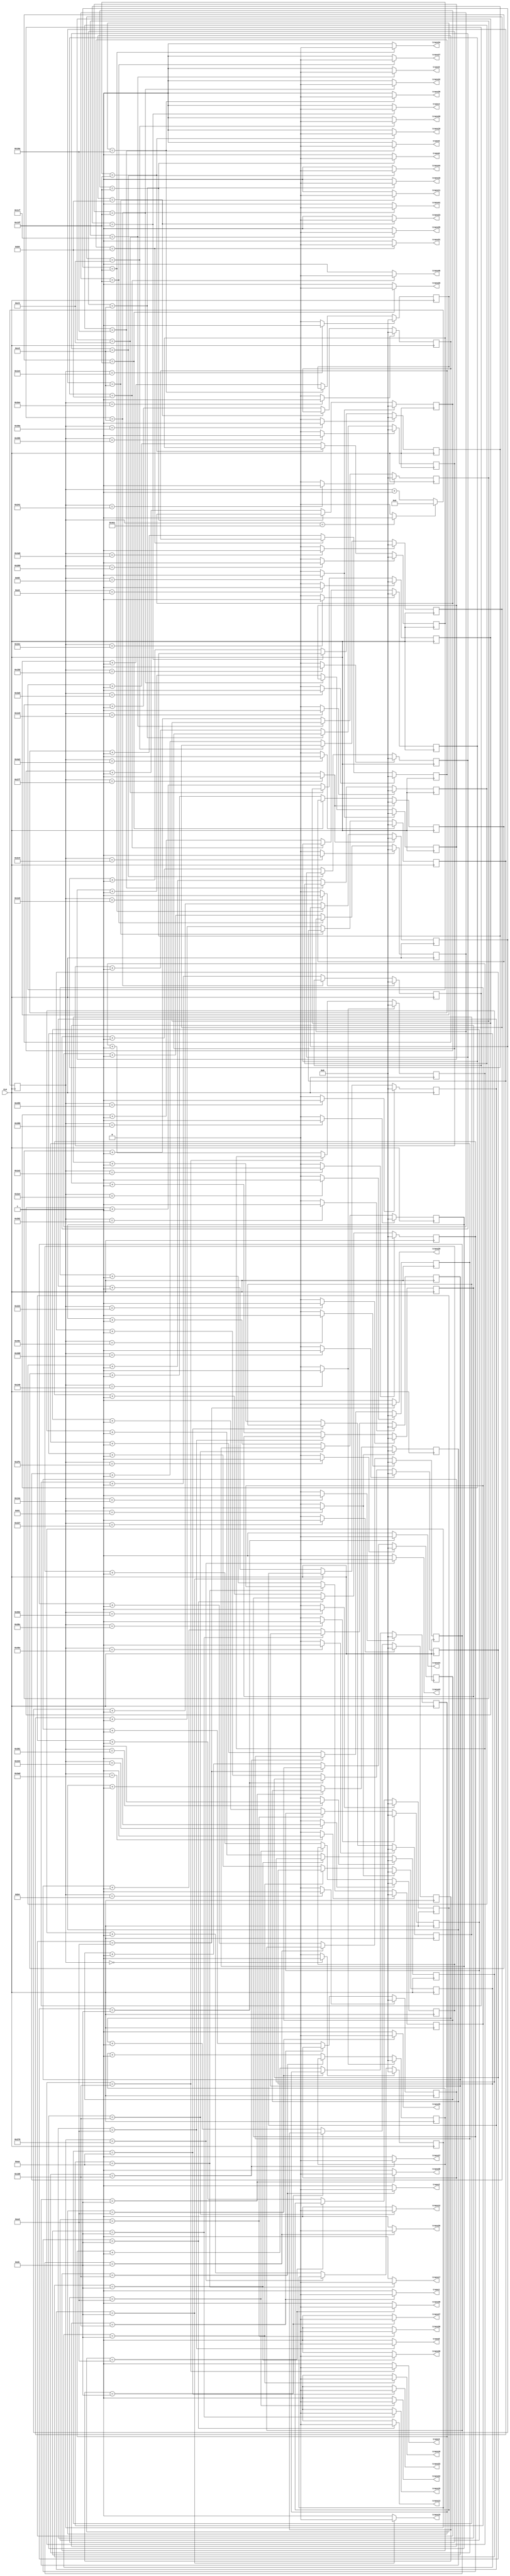
`timescale 1ns / 1ps
//////////////////////////////////////////////////////////////////////////////////
// Company: 
// Engineer: 
// 
// Design Name: 
// Module Name:    twin_6_7_pow_ad_focus_2_4 
// Project Name: 
// Target Devices: 
// Tool versions: 
// Description: 
//
// Dependencies: 
//
// Revision: 
// Revision 0.01 - File Created
// Additional Comments: 
//
//////////////////////////////////////////////////////////////////////////////////
module twin_6_7_pow_ad_focus_2_4(
	input CLK,
    output trans1,
    output trans2,
	 output trans3,
	 output trans4,
	 output trans5,
	 output trans6,

	 output trans8,
	 output trans9,
	 output trans10,
	 output trans11,
	 output trans12,
	 output trans13,

	 output trans15,
	 output trans16,
	 output trans17,
	 output trans18,
	 output trans19,
	 output trans20,

	 output trans22,
	 output trans23,
	 output trans24,
	 output trans25,
	 output trans26,
	 output trans27,

	 output trans29,
	 output trans30,
	 output trans31,
	 output trans32,
	 output trans33,
	 output trans34,

	 output trans36,
	 output trans37,
	 output trans38,
	 output trans39,
	 output trans40,
	 output trans41,

	 output trans43,
	 output trans44,
	 output trans45,
	 output trans46,
	 output trans47,
	 output trans48

    );

	//define signals
	reg [10:0] pwm_base_reg = 11'h000;
	reg [9:0] pwm1_duty_reg = 10'h000;
	reg [9:0] pwm2_duty_reg = 10'h000;
	reg [9:0] pwm3_duty_reg = 10'h000;
	reg [9:0] pwm4_duty_reg = 10'h000;
	reg [9:0] pwm5_duty_reg = 10'h000;
	reg [9:0] pwm6_duty_reg = 10'h000;

	reg [9:0] pwm8_duty_reg = 10'h000;
	reg [9:0] pwm9_duty_reg = 10'h000;
	reg [9:0] pwm10_duty_reg = 10'h000;
	reg [9:0] pwm11_duty_reg = 10'h000;	
	reg [9:0] pwm12_duty_reg = 10'h000;	
	reg [9:0] pwm13_duty_reg = 10'h000;

	reg [9:0] pwm15_duty_reg = 10'h000;
	reg [9:0] pwm16_duty_reg = 10'h000;
	reg [9:0] pwm17_duty_reg = 10'h000;
   reg [9:0] pwm18_duty_reg = 10'h000;
   reg [9:0] pwm19_duty_reg = 10'h000;
   reg [9:0] pwm20_duty_reg = 10'h000;

   reg [9:0] pwm22_duty_reg = 10'h000;
   reg [9:0] pwm23_duty_reg = 10'h000;
   reg [9:0] pwm24_duty_reg = 10'h000;
   reg [9:0] pwm25_duty_reg = 10'h000;
   reg [9:0] pwm26_duty_reg = 10'h000;
   reg [9:0] pwm27_duty_reg = 10'h000;

   reg [9:0] pwm29_duty_reg = 10'h000;
   reg [9:0] pwm30_duty_reg = 10'h000;
   reg [9:0] pwm31_duty_reg = 10'h000;
   reg [9:0] pwm32_duty_reg = 10'h000;
   reg [9:0] pwm33_duty_reg = 10'h000;
   reg [9:0] pwm34_duty_reg = 10'h000;

   reg [9:0] pwm36_duty_reg = 10'h000;
   reg [9:0] pwm37_duty_reg = 10'h000;
   reg [9:0] pwm38_duty_reg = 10'h000;
   reg [9:0] pwm39_duty_reg = 10'h000;
   reg [9:0] pwm40_duty_reg = 10'h000;
   reg [9:0] pwm41_duty_reg = 10'h000;

   reg [9:0] pwm43_duty_reg = 10'h000;
   reg [9:0] pwm44_duty_reg = 10'h000;
   reg [9:0] pwm45_duty_reg = 10'h000;
   reg [9:0] pwm46_duty_reg = 10'h000;
   reg [9:0] pwm47_duty_reg = 10'h000;
   reg [9:0] pwm48_duty_reg = 10'h000;

	
	reg [6:0] base_cycle_counter_reg = 7'h00;
	reg [15:0] count_base_reg = 16'h0000;
	
	wire pwm1;
	wire pwm2;
	wire pwm3;
	wire pwm4;
	wire pwm5;
	wire pwm6;

	wire pwm8;
	wire pwm9;
	wire pwm10;
	wire pwm11;
	wire pwm12;
	wire pwm13;

	wire pwm15;
	wire pwm16;
	wire pwm17;
   wire pwm18;
   wire pwm19;
   wire pwm20;

   wire pwm22;
   wire pwm23;
   wire pwm24;
   wire pwm25;
   wire pwm26;
   wire pwm27;

   wire pwm29;
   wire pwm30;
   wire pwm31;
   wire pwm32;
   wire pwm33;
   wire pwm34;

   wire pwm36;
   wire pwm37;
   wire pwm38;
   wire pwm39;
   wire pwm40;
   wire pwm41;

   wire pwm43;
   wire pwm44;
   wire pwm45;
   wire pwm46;
   wire pwm47;
   wire pwm48;

	
	wire pwm1_out;
	wire pwm2_out;
	wire pwm3_out;
	wire pwm4_out;
	wire pwm5_out;
	wire pwm6_out;

	wire pwm8_out;
	wire pwm9_out;
	wire pwm10_out;
	wire pwm11_out;
	wire pwm12_out;
	wire pwm13_out;

	wire pwm15_out;
	wire pwm16_out;
	wire pwm17_out;
	wire pwm18_out;
   wire pwm19_out;
   wire pwm20_out;

   wire pwm22_out;
   wire pwm23_out;
   wire pwm24_out;
   wire pwm25_out;
   wire pwm26_out;
   wire pwm27_out;

   wire pwm29_out;
   wire pwm30_out;
   wire pwm31_out;
   wire pwm32_out;
   wire pwm33_out;
   wire pwm34_out;

   wire pwm36_out;
   wire pwm37_out;
   wire pwm38_out;
   wire pwm39_out;
   wire pwm40_out;
   wire pwm41_out;

   wire pwm43_out;
   wire pwm44_out;
   wire pwm45_out;
   wire pwm46_out;
   wire pwm47_out;
   wire pwm48_out;

	wire pwmbp;
	

	//PWM Base Cycle Generate
	/* Calculation
		base count = 50[MHz] / 40 [kHz] = 1250
		0 ~ 1249 -> 1250 count
	*/
	always @(posedge CLK) begin  //CB16RE
		if (pwmbp == 1'b1) begin  //R:pwmbp
			pwm_base_reg <= 11'h000;  //h:hexadecimal, assign 0 to all bits
		end
		else begin
			pwm_base_reg <= pwm_base_reg + 1'b1;  //increment
		end
	end
	
	assign pwmbp = (pwm_base_reg[10:0] == 11'd1249) ? 1'b1 : 1'b0;  //COMP16
	
	//phase
   assign pwm1  = (pwm_base_reg[10:0] == 11'd180) ? 1'b1 : 1'b0;  //COMP16
   assign pwm2  = (pwm_base_reg[10:0] == 11'd320) ? 1'b1 : 1'b0;  //COMP16
   assign pwm3  = (pwm_base_reg[10:0] == 11'd320) ? 1'b1 : 1'b0;  //COMP16
   assign pwm4  = (pwm_base_reg[10:0] == 11'd778) ? 1'b1 : 1'b0;  //COMP16
   assign pwm5  = (pwm_base_reg[10:0] == 11'd480) ? 1'b1 : 1'b0;  //COMP16
   assign pwm6  = (pwm_base_reg[10:0] == 11'd96) ? 1'b1 : 1'b0;  //COMP16
   assign pwm8  = (pwm_base_reg[10:0] == 11'd547) ? 1'b1 : 1'b0;  //COMP16
   assign pwm9  = (pwm_base_reg[10:0] == 11'd577) ? 1'b1 : 1'b0;  //COMP16
   assign pwm10 = (pwm_base_reg[10:0] == 11'd649) ? 1'b1 : 1'b0;  //COMP16
   assign pwm11 = (pwm_base_reg[10:0] == 11'd1187) ? 1'b1 : 1'b0;  //COMP16
   assign pwm12 = (pwm_base_reg[10:0] == 11'd875) ? 1'b1 : 1'b0;  //COMP16
   assign pwm13 = (pwm_base_reg[10:0] == 11'd482) ? 1'b1 : 1'b0;  //COMP16
   assign pwm15 = (pwm_base_reg[10:0] == 11'd770) ? 1'b1 : 1'b0;  //COMP16
   assign pwm16 = (pwm_base_reg[10:0] == 11'd923) ? 1'b1 : 1'b0;  //COMP16
   assign pwm17 = (pwm_base_reg[10:0] == 11'd941) ? 1'b1 : 1'b0;  //COMP16
   assign pwm18 = (pwm_base_reg[10:0] == 11'd145) ? 1'b1 : 1'b0;  //COMP16
   assign pwm19 = (pwm_base_reg[10:0] == 11'd1109) ? 1'b1 : 1'b0;  //COMP16
   assign pwm20 = (pwm_base_reg[10:0] == 11'd639) ? 1'b1 : 1'b0;  //COMP16
   assign pwm22 = (pwm_base_reg[10:0] == 11'd835) ? 1'b1 : 1'b0;  //COMP16
   assign pwm23 = (pwm_base_reg[10:0] == 11'd1006) ? 1'b1 : 1'b0;  //COMP16
   assign pwm24 = (pwm_base_reg[10:0] == 11'd989) ? 1'b1 : 1'b0;  //COMP16
   assign pwm25 = (pwm_base_reg[10:0] == 11'd230) ? 1'b1 : 1'b0;  //COMP16
   assign pwm26 = (pwm_base_reg[10:0] == 11'd1180) ? 1'b1 : 1'b0;  //COMP16
   assign pwm27 = (pwm_base_reg[10:0] == 11'd709) ? 1'b1 : 1'b0;  //COMP16
   assign pwm29 = (pwm_base_reg[10:0] == 11'd762) ? 1'b1 : 1'b0;  //COMP16
   assign pwm30 = (pwm_base_reg[10:0] == 11'd908) ? 1'b1 : 1'b0;  //COMP16
   assign pwm31 = (pwm_base_reg[10:0] == 11'd933) ? 1'b1 : 1'b0;  //COMP16
   assign pwm32 = (pwm_base_reg[10:0] == 11'd96) ? 1'b1 : 1'b0;  //COMP16
   assign pwm33 = (pwm_base_reg[10:0] == 11'd1134) ? 1'b1 : 1'b0;  //COMP16
   assign pwm34 = (pwm_base_reg[10:0] == 11'd639) ? 1'b1 : 1'b0;  //COMP16
   assign pwm36 = (pwm_base_reg[10:0] == 11'd484) ? 1'b1 : 1'b0;  //COMP16
   assign pwm37 = (pwm_base_reg[10:0] == 11'd676) ? 1'b1 : 1'b0;  //COMP16
   assign pwm38 = (pwm_base_reg[10:0] == 11'd690) ? 1'b1 : 1'b0;  //COMP16
   assign pwm39 = (pwm_base_reg[10:0] == 11'd1192) ? 1'b1 : 1'b0;  //COMP16
   assign pwm40 = (pwm_base_reg[10:0] == 11'd897) ? 1'b1 : 1'b0;  //COMP16
   assign pwm41 = (pwm_base_reg[10:0] == 11'd489) ? 1'b1 : 1'b0;  //COMP16
   assign pwm43 = (pwm_base_reg[10:0] == 11'd0) ? 1'b1 : 1'b0;  //COMP16
   assign pwm44 = (pwm_base_reg[10:0] == 11'd349) ? 1'b1 : 1'b0;  //COMP16
   assign pwm45 = (pwm_base_reg[10:0] == 11'd334) ? 1'b1 : 1'b0;  //COMP16
   assign pwm46 = (pwm_base_reg[10:0] == 11'd844) ? 1'b1 : 1'b0;  //COMP16
   assign pwm47 = (pwm_base_reg[10:0] == 11'd551) ? 1'b1 : 1'b0;  //COMP16
   assign pwm48 = (pwm_base_reg[10:0] == 11'd145) ? 1'b1 : 1'b0;  //COMP16
	
	//PWM Duty Ratio Generate
    always @(posedge CLK) begin  //CB16RE
        if (pwm1 == 1'b1) begin  //R:pwm1
            pwm1_duty_reg <= 11'h000;
        end
        else if (pwm1_out == 1'b1) begin  //CE:pwm1_out
            pwm1_duty_reg <= pwm1_duty_reg + 1'b1;
        end
    end
    
    always @(posedge CLK) begin  //CB16RE
        if (pwm2 == 1'b1) begin  //R:pwm2
            pwm2_duty_reg <= 11'h000;
        end
        else if (pwm2_out == 1'b1) begin  //CE:pwm2_out
            pwm2_duty_reg <= pwm2_duty_reg + 1'b1;
        end
    end
    
    always @(posedge CLK) begin  //CB16RE
        if (pwm3 == 1'b1) begin  //R:pwm3
            pwm3_duty_reg <= 11'h000;
        end
        else if (pwm3_out == 1'b1) begin  //CE:pwm3_out
            pwm3_duty_reg <= pwm3_duty_reg + 1'b1;
        end
    end
    
    always @(posedge CLK) begin  //CB16RE
        if (pwm4 == 1'b1) begin  //R:pwm4
            pwm4_duty_reg <= 11'h000;
        end
        else if (pwm4_out == 1'b1) begin  //CE:pwm4_out
            pwm4_duty_reg <= pwm4_duty_reg + 1'b1;
        end
    end
    
    always @(posedge CLK) begin  //CB16RE
        if (pwm5 == 1'b1) begin  //R:pwm5
            pwm5_duty_reg <= 11'h000;
        end
        else if (pwm5_out == 1'b1) begin  //CE:pwm5_out
            pwm5_duty_reg <= pwm5_duty_reg + 1'b1;
        end
    end
    
    always @(posedge CLK) begin  //CB16RE
        if (pwm6 == 1'b1) begin  //R:pwm6
            pwm6_duty_reg <= 11'h000;
        end
        else if (pwm6_out == 1'b1) begin  //CE:pwm6_out
            pwm6_duty_reg <= pwm6_duty_reg + 1'b1;
        end
    end
    

    
    always @(posedge CLK) begin  //CB16RE
        if (pwm8 == 1'b1) begin  //R:pwm8
            pwm8_duty_reg <= 11'h000;
        end
        else if (pwm8_out == 1'b1) begin  //CE:pwm8_out
            pwm8_duty_reg <= pwm8_duty_reg + 1'b1;
        end
    end
    
    always @(posedge CLK) begin  //CB16RE
        if (pwm9 == 1'b1) begin  //R:pwm9
            pwm9_duty_reg <= 11'h000;
        end
        else if (pwm9_out == 1'b1) begin  //CE:pwm9_out
            pwm9_duty_reg <= pwm9_duty_reg + 1'b1;
        end
    end
    
    always @(posedge CLK) begin  //CB16RE
        if (pwm10 == 1'b1) begin  //R:pwm10
            pwm10_duty_reg <= 11'h000;
        end
        else if (pwm10_out == 1'b1) begin  //CE:pwm10_out
            pwm10_duty_reg <= pwm10_duty_reg + 1'b1;
        end
    end
    
   always @(posedge CLK) begin  //CB16RE
        if (pwm11 == 1'b1) begin  //R:pwm11
            pwm11_duty_reg <= 11'h000;
        end
        else if (pwm11_out == 1'b1) begin  //CE:pwm11_out
            pwm11_duty_reg <= pwm11_duty_reg + 1'b1;
        end
    end

   always @(posedge CLK) begin  //CB16RE
        if (pwm12 == 1'b1) begin  //R:pwm12
            pwm12_duty_reg <= 11'h000;
        end
        else if (pwm12_out == 1'b1) begin  //CE:pwm12_out
            pwm12_duty_reg <= pwm12_duty_reg + 1'b1;
        end
    end

   always @(posedge CLK) begin  //CB16RE
        if (pwm13 == 1'b1) begin  //R:pwm13
            pwm13_duty_reg <= 11'h000;
        end
        else if (pwm13_out == 1'b1) begin  //CE:pwm13_out
            pwm13_duty_reg <= pwm13_duty_reg + 1'b1;
        end
    end


	 
    always @(posedge CLK) begin  //CB16RE
        if (pwm15 == 1'b1) begin  //R:pwm15
            pwm15_duty_reg <= 11'h000;
        end
        else if (pwm15_out == 1'b1) begin  //CE:pwm15_out
            pwm15_duty_reg <= pwm15_duty_reg + 1'b1;
        end
    end
	 
    always @(posedge CLK) begin  //CB16RE
        if (pwm16 == 1'b1) begin  //R:pwm16
            pwm16_duty_reg <= 11'h000;
        end
        else if (pwm16_out == 1'b1) begin  //CE:pwm16_out
            pwm16_duty_reg <= pwm16_duty_reg + 1'b1;
        end
    end
	 
    always @(posedge CLK) begin  //CB16RE
        if (pwm17 == 1'b1) begin  //R:pwm17
            pwm17_duty_reg <= 11'h000;
        end
        else if (pwm17_out == 1'b1) begin  //CE:pwm17_out
            pwm17_duty_reg <= pwm17_duty_reg + 1'b1;
        end
    end

    always @(posedge CLK) begin  //CB16RE
        if (pwm18 == 1'b1) begin  //R:pwm18
            pwm18_duty_reg <= 11'h000;
        end
        else if (pwm18_out == 1'b1) begin  //CE:pwm18_out
            pwm18_duty_reg <= pwm18_duty_reg + 1'b1;
        end
    end

	 always @(posedge CLK) begin  //CB16RE
        if (pwm19 == 1'b1) begin  //R:pwm19
            pwm19_duty_reg <= 11'h000;
        end
        else if (pwm19_out == 1'b1) begin  //CE:pwm19_out
            pwm19_duty_reg <= pwm19_duty_reg + 1'b1;
        end
    end

	 always @(posedge CLK) begin  //CB16RE
        if (pwm20 == 1'b1) begin  //R:pwm20
            pwm20_duty_reg <= 11'h000;
        end
        else if (pwm20_out == 1'b1) begin  //CE:pwm20_out
            pwm20_duty_reg <= pwm20_duty_reg + 1'b1;
        end
    end



	 always @(posedge CLK) begin  //CB16RE
        if (pwm22 == 1'b1) begin  //R:pwm22
            pwm22_duty_reg <= 11'h000;
        end
        else if (pwm22_out == 1'b1) begin  //CE:pwm22_out
            pwm22_duty_reg <= pwm22_duty_reg + 1'b1;
        end
    end

	 always @(posedge CLK) begin  //CB16RE
        if (pwm23 == 1'b1) begin  //R:pwm23
            pwm23_duty_reg <= 11'h000;
        end
        else if (pwm23_out == 1'b1) begin  //CE:pwm23_out
            pwm23_duty_reg <= pwm23_duty_reg + 1'b1;
        end
    end
	 
    always @(posedge CLK) begin  //CB16RE
        if (pwm24 == 1'b1) begin  //R:pwm24
            pwm24_duty_reg <= 11'h000;
        end
        else if (pwm24_out == 1'b1) begin  //CE:pwm24_out
            pwm24_duty_reg <= pwm24_duty_reg + 1'b1;
        end
    end
	 
    always @(posedge CLK) begin  //CB16RE
        if (pwm25 == 1'b1) begin  //R:pwm25
            pwm25_duty_reg <= 11'h000;
        end
        else if (pwm25_out == 1'b1) begin  //CE:pwm25_out
            pwm25_duty_reg <= pwm25_duty_reg + 1'b1;
        end
    end
	 
    always @(posedge CLK) begin  //CB16RE
        if (pwm26 == 1'b1) begin  //R:pwm26
            pwm26_duty_reg <= 11'h000;
        end
        else if (pwm26_out == 1'b1) begin  //CE:pwm26_out
            pwm26_duty_reg <= pwm26_duty_reg + 1'b1;
        end
    end
	 
    always @(posedge CLK) begin  //CB16RE
        if (pwm27 == 1'b1) begin  //R:pwm27
            pwm27_duty_reg <= 11'h000;
        end
        else if (pwm27_out == 1'b1) begin  //CE:pwm27_out
            pwm27_duty_reg <= pwm27_duty_reg + 1'b1;
        end
    end
	 

	 
    always @(posedge CLK) begin  //CB16RE
        if (pwm29 == 1'b1) begin  //R:pwm29
            pwm29_duty_reg <= 11'h000;
        end
        else if (pwm29_out == 1'b1) begin  //CE:pwm29_out
            pwm29_duty_reg <= pwm29_duty_reg + 1'b1;
        end
    end
	 
    always @(posedge CLK) begin  //CB16RE
        if (pwm30 == 1'b1) begin  //R:pwm30
            pwm30_duty_reg <= 11'h000;
        end
        else if (pwm30_out == 1'b1) begin  //CE:pwm30_out
            pwm30_duty_reg <= pwm30_duty_reg + 1'b1;
        end
    end
	 
    always @(posedge CLK) begin  //CB16RE
        if (pwm31 == 1'b1) begin  //R:pwm31
            pwm31_duty_reg <= 11'h000;
        end
        else if (pwm31_out == 1'b1) begin  //CE:pwm31_out
            pwm31_duty_reg <= pwm31_duty_reg + 1'b1;
        end
    end
	 
    always @(posedge CLK) begin  //CB16RE
        if (pwm32 == 1'b1) begin  //R:pwm32
            pwm32_duty_reg <= 11'h000;
        end
        else if (pwm32_out == 1'b1) begin  //CE:pwm32_out
            pwm32_duty_reg <= pwm32_duty_reg + 1'b1;
        end
    end
	 
    always @(posedge CLK) begin  //CB16RE
        if (pwm33 == 1'b1) begin  //R:pwm33
            pwm33_duty_reg <= 11'h000;
        end
        else if (pwm33_out == 1'b1) begin  //CE:pwm33_out
            pwm33_duty_reg <= pwm33_duty_reg + 1'b1;
        end
    end
	 
    always @(posedge CLK) begin  //CB16RE
        if (pwm34 == 1'b1) begin  //R:pwm34
            pwm34_duty_reg <= 11'h000;
        end
        else if (pwm34_out == 1'b1) begin  //CE:pwm34_out
            pwm34_duty_reg <= pwm34_duty_reg + 1'b1;
        end
    end
	 

	 
    always @(posedge CLK) begin  //CB16RE
        if (pwm36 == 1'b1) begin  //R:pwm36
            pwm36_duty_reg <= 11'h000;
        end
        else if (pwm36_out == 1'b1) begin  //CE:pwm36_out
            pwm36_duty_reg <= pwm36_duty_reg + 1'b1;
        end
    end
	 
    always @(posedge CLK) begin  //CB16RE
        if (pwm37 == 1'b1) begin  //R:pwm37
            pwm37_duty_reg <= 11'h000;
        end
        else if (pwm37_out == 1'b1) begin  //CE:pwm37_out
            pwm37_duty_reg <= pwm37_duty_reg + 1'b1;
        end
    end
	 
    always @(posedge CLK) begin  //CB16RE
        if (pwm38 == 1'b1) begin  //R:pwm38
            pwm38_duty_reg <= 11'h000;
        end
        else if (pwm38_out == 1'b1) begin  //CE:pwm38_out
            pwm38_duty_reg <= pwm38_duty_reg + 1'b1;
        end
    end
	 
    always @(posedge CLK) begin  //CB16RE
        if (pwm39 == 1'b1) begin  //R:pwm39
            pwm39_duty_reg <= 11'h000;
        end
        else if (pwm39_out == 1'b1) begin  //CE:pwm39_out
            pwm39_duty_reg <= pwm39_duty_reg + 1'b1;
        end
    end
	 
    always @(posedge CLK) begin  //CB16RE
        if (pwm40 == 1'b1) begin  //R:pwm40
            pwm40_duty_reg <= 11'h000;
        end
        else if (pwm40_out == 1'b1) begin  //CE:pwm40_out
            pwm40_duty_reg <= pwm40_duty_reg + 1'b1;
        end
    end
	 
    always @(posedge CLK) begin  //CB16RE
        if (pwm41 == 1'b1) begin  //R:pwm41
            pwm41_duty_reg <= 11'h000;
        end
        else if (pwm41_out == 1'b1) begin  //CE:pwm41_out
            pwm41_duty_reg <= pwm41_duty_reg + 1'b1;
        end
    end
	 

	 
    always @(posedge CLK) begin  //CB16RE
        if (pwm43 == 1'b1) begin  //R:pwm43
            pwm43_duty_reg <= 11'h000;
        end
        else if (pwm43_out == 1'b1) begin  //CE:pwm43_out
            pwm43_duty_reg <= pwm43_duty_reg + 1'b1;
        end
    end
	 
    always @(posedge CLK) begin  //CB16RE
        if (pwm44 == 1'b1) begin  //R:pwm44
            pwm44_duty_reg <= 11'h000;
        end
        else if (pwm44_out == 1'b1) begin  //CE:pwm44_out
            pwm44_duty_reg <= pwm44_duty_reg + 1'b1;
        end
    end
	 
    always @(posedge CLK) begin  //CB16RE
        if (pwm45 == 1'b1) begin  //R:pwm45
            pwm45_duty_reg <= 11'h000;
        end
        else if (pwm45_out == 1'b1) begin  //CE:pwm45_out
            pwm45_duty_reg <= pwm45_duty_reg + 1'b1;
        end
    end
	 
    always @(posedge CLK) begin  //CB16RE
        if (pwm46 == 1'b1) begin  //R:pwm46
            pwm46_duty_reg <= 11'h000;
        end
        else if (pwm46_out == 1'b1) begin  //CE:pwm46_out
            pwm46_duty_reg <= pwm46_duty_reg + 1'b1;
        end
    end
	 
    always @(posedge CLK) begin  //CB16RE
        if (pwm47 == 1'b1) begin  //R:pwm47
            pwm47_duty_reg <= 11'h000;
        end
        else if (pwm47_out == 1'b1) begin  //CE:pwm47_out
            pwm47_duty_reg <= pwm47_duty_reg + 1'b1;
        end
    end
	 
    always @(posedge CLK) begin  //CB16RE
        if (pwm48 == 1'b1) begin  //R:pwm48
            pwm48_duty_reg <= 11'h000;
        end
        else if (pwm48_out == 1'b1) begin  //CE:pwm48_out
            pwm48_duty_reg <= pwm48_duty_reg + 1'b1;
        end
    end
       

	//duty ratio  ex 50% -> 1250 / 2 = 625
	assign pwm1_out = (pwm1_duty_reg[9:0] == 10'd264) ? 1'b0 : 1'b1;  //COMP16
	assign pwm2_out = (pwm2_duty_reg[9:0] == 10'd264) ? 1'b0 : 1'b1;  //COMP16
	assign pwm3_out = (pwm3_duty_reg[9:0] == 10'd264) ? 1'b0 : 1'b1;  //COMP16
	assign pwm4_out = (pwm4_duty_reg[9:0] == 10'd319) ? 1'b0 : 1'b1;  //COMP16
	assign pwm5_out = (pwm5_duty_reg[9:0] == 10'd362) ? 1'b0 : 1'b1;  //COMP16
	assign pwm6_out = (pwm6_duty_reg[9:0] == 10'd319) ? 1'b0 : 1'b1;  //COMP16

	assign pwm8_out = (pwm8_duty_reg[9:0] == 10'd237) ? 1'b0 : 1'b1;  //COMP16
	assign pwm9_out = (pwm9_duty_reg[9:0] == 10'd463) ? 1'b0 : 1'b1;  //COMP16
	assign pwm10_out = (pwm10_duty_reg[9:0] == 10'd319) ? 1'b0 : 1'b1;  //COMP16
   assign pwm11_out = (pwm11_duty_reg[9:0] == 10'd205) ? 1'b0 : 1'b1;  //COMP16 
   assign pwm12_out = (pwm12_duty_reg[9:0] == 10'd264) ? 1'b0 : 1'b1;  //COMP16 
   assign pwm13_out = (pwm13_duty_reg[9:0] == 10'd220) ? 1'b0 : 1'b1;  //COMP16 

   assign pwm15_out = (pwm15_duty_reg[9:0] == 10'd220) ? 1'b0 : 1'b1;  //COMP16 
   assign pwm16_out = (pwm16_duty_reg[9:0] == 10'd205) ? 1'b0 : 1'b1;  //COMP16
   assign pwm17_out = (pwm17_duty_reg[9:0] == 10'd170) ? 1'b0 : 1'b1;  //COMP16
   assign pwm18_out = (pwm18_duty_reg[9:0] == 10'd220) ? 1'b0 : 1'b1;  //COMP16
   assign pwm19_out = (pwm19_duty_reg[9:0] == 10'd220) ? 1'b0 : 1'b1;  //COMP16
   assign pwm20_out = (pwm20_duty_reg[9:0] == 10'd319) ? 1'b0 : 1'b1;  //COMP16

   assign pwm22_out = (pwm22_duty_reg[9:0] == 10'd237) ? 1'b0 : 1'b1;  //COMP16
   assign pwm23_out = (pwm23_duty_reg[9:0] == 10'd185) ? 1'b0 : 1'b1;  //COMP16
   assign pwm24_out = (pwm24_duty_reg[9:0] == 10'd220) ? 1'b0 : 1'b1;  //COMP16
   assign pwm25_out = (pwm25_duty_reg[9:0] == 10'd197) ? 1'b0 : 1'b1;  //COMP16
   assign pwm26_out = (pwm26_duty_reg[9:0] == 10'd220) ? 1'b0 : 1'b1;  //COMP16
   assign pwm27_out = (pwm27_duty_reg[9:0] == 10'd319) ? 1'b0 : 1'b1;  //COMP16

   assign pwm29_out = (pwm29_duty_reg[9:0] == 10'd237) ? 1'b0 : 1'b1;  //COMP16
   assign pwm30_out = (pwm30_duty_reg[9:0] == 10'd237) ? 1'b0 : 1'b1;  //COMP16
   assign pwm31_out = (pwm31_duty_reg[9:0] == 10'd185) ? 1'b0 : 1'b1;  //COMP16
   assign pwm32_out = (pwm32_duty_reg[9:0] == 10'd319) ? 1'b0 : 1'b1;  //COMP16
   assign pwm33_out = (pwm33_duty_reg[9:0] == 10'd170) ? 1'b0 : 1'b1;  //COMP16
   assign pwm34_out = (pwm34_duty_reg[9:0] == 10'd319) ? 1'b0 : 1'b1;  //COMP16

   assign pwm36_out = (pwm36_duty_reg[9:0] == 10'd362) ? 1'b0 : 1'b1;  //COMP16
   assign pwm37_out = (pwm37_duty_reg[9:0] == 10'd264) ? 1'b0 : 1'b1;  //COMP16
   assign pwm38_out = (pwm38_duty_reg[9:0] == 10'd237) ? 1'b0 : 1'b1;  //COMP16
   assign pwm39_out = (pwm39_duty_reg[9:0] == 10'd197) ? 1'b0 : 1'b1;  //COMP16
   assign pwm40_out = (pwm40_duty_reg[9:0] == 10'd220) ? 1'b0 : 1'b1;  //COMP16
   assign pwm41_out = (pwm41_duty_reg[9:0] == 10'd205) ? 1'b0 : 1'b1;  //COMP16

   assign pwm43_out = (pwm43_duty_reg[9:0] == 10'd624) ? 1'b0 : 1'b1;  //COMP16
   assign pwm44_out = (pwm44_duty_reg[9:0] == 10'd205) ? 1'b0 : 1'b1;  //COMP16
   assign pwm45_out = (pwm45_duty_reg[9:0] == 10'd237) ? 1'b0 : 1'b1;  //COMP16
   assign pwm46_out = (pwm46_duty_reg[9:0] == 10'd185) ? 1'b0 : 1'b1;  //COMP16
   assign pwm47_out = (pwm47_duty_reg[9:0] == 10'd220) ? 1'b0 : 1'b1;  //COMP16
   assign pwm48_out = (pwm48_duty_reg[9:0] == 10'd220) ? 1'b0 : 1'b1;  //COMP16
	
	//To transducers
   assign trans1 = pwm1_out;
   assign trans2 = pwm2_out;
   assign trans3 = pwm3_out;
   assign trans4 = pwm4_out;
   assign trans5 = pwm5_out;
   assign trans6 = pwm6_out;

   assign trans8 = pwm8_out;
   assign trans9 = pwm9_out;
   assign trans10 = pwm10_out;
   assign trans11 = pwm11_out;
   assign trans12 = pwm12_out;
   assign trans13 = pwm13_out;

   assign trans15 = pwm15_out;
   assign trans16 = pwm16_out;
   assign trans17 = pwm17_out;
   assign trans18 = pwm18_out;
   assign trans19 = pwm19_out;
   assign trans20 = pwm20_out;

   assign trans22 = pwm22_out;
   assign trans23 = pwm23_out;
   assign trans24 = pwm24_out;
   assign trans25 = pwm25_out;
   assign trans26 = pwm26_out;
   assign trans27 = pwm27_out;

   assign trans29 = pwm29_out;
   assign trans30 = pwm30_out;
   assign trans31 = pwm31_out;
   assign trans32 = pwm32_out;
   assign trans33 = pwm33_out;
   assign trans34 = pwm34_out;

   assign trans36 = pwm36_out;
   assign trans37 = pwm37_out;
   assign trans38 = pwm38_out;
   assign trans39 = pwm39_out;
   assign trans40 = pwm40_out;
   assign trans41 = pwm41_out;

   assign trans43 = pwm43_out;
   assign trans44 = pwm44_out;
   assign trans45 = pwm45_out;
   assign trans46 = pwm46_out;
   assign trans47 = pwm47_out;
   assign trans48 = pwm48_out;

endmodule